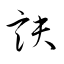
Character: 訣